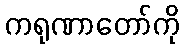
ကရုဏာတော်ကို